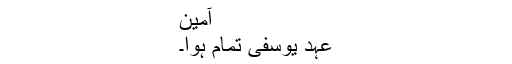
آمین
عہد یوسفی تمام ہوا۔